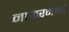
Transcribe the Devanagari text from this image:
नाफरमानों